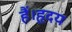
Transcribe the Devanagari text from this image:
हैं।हृदय